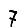
Digit: 7